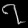
Digit: ၇